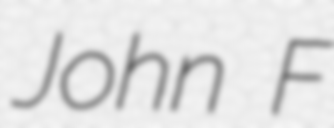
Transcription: John F